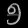
Digit: ၅